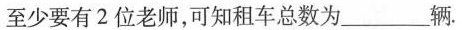
至少要有2位老师，可知租车总数为\underline辆。